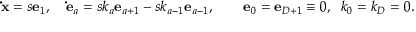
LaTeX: { \bf { \dot { x } } } = s { \bf e } _ { 1 } , \quad { \bf \dot { e } } _ { a } = s k _ { a } { \bf e } _ { a + 1 } - s k _ { a - 1 } { \bf e } _ { a - 1 } , \quad \quad { \bf e } _ { 0 } = { \bf e } _ { D + 1 } \equiv 0 , \; \; k _ { 0 } = k _ { D } = 0 .